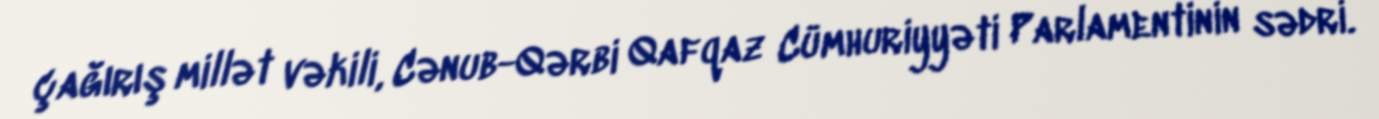
çağırış millət vəkili, Cənub-Qərbi Qafqaz Cümhuriyyəti Parlamentinin sədri.